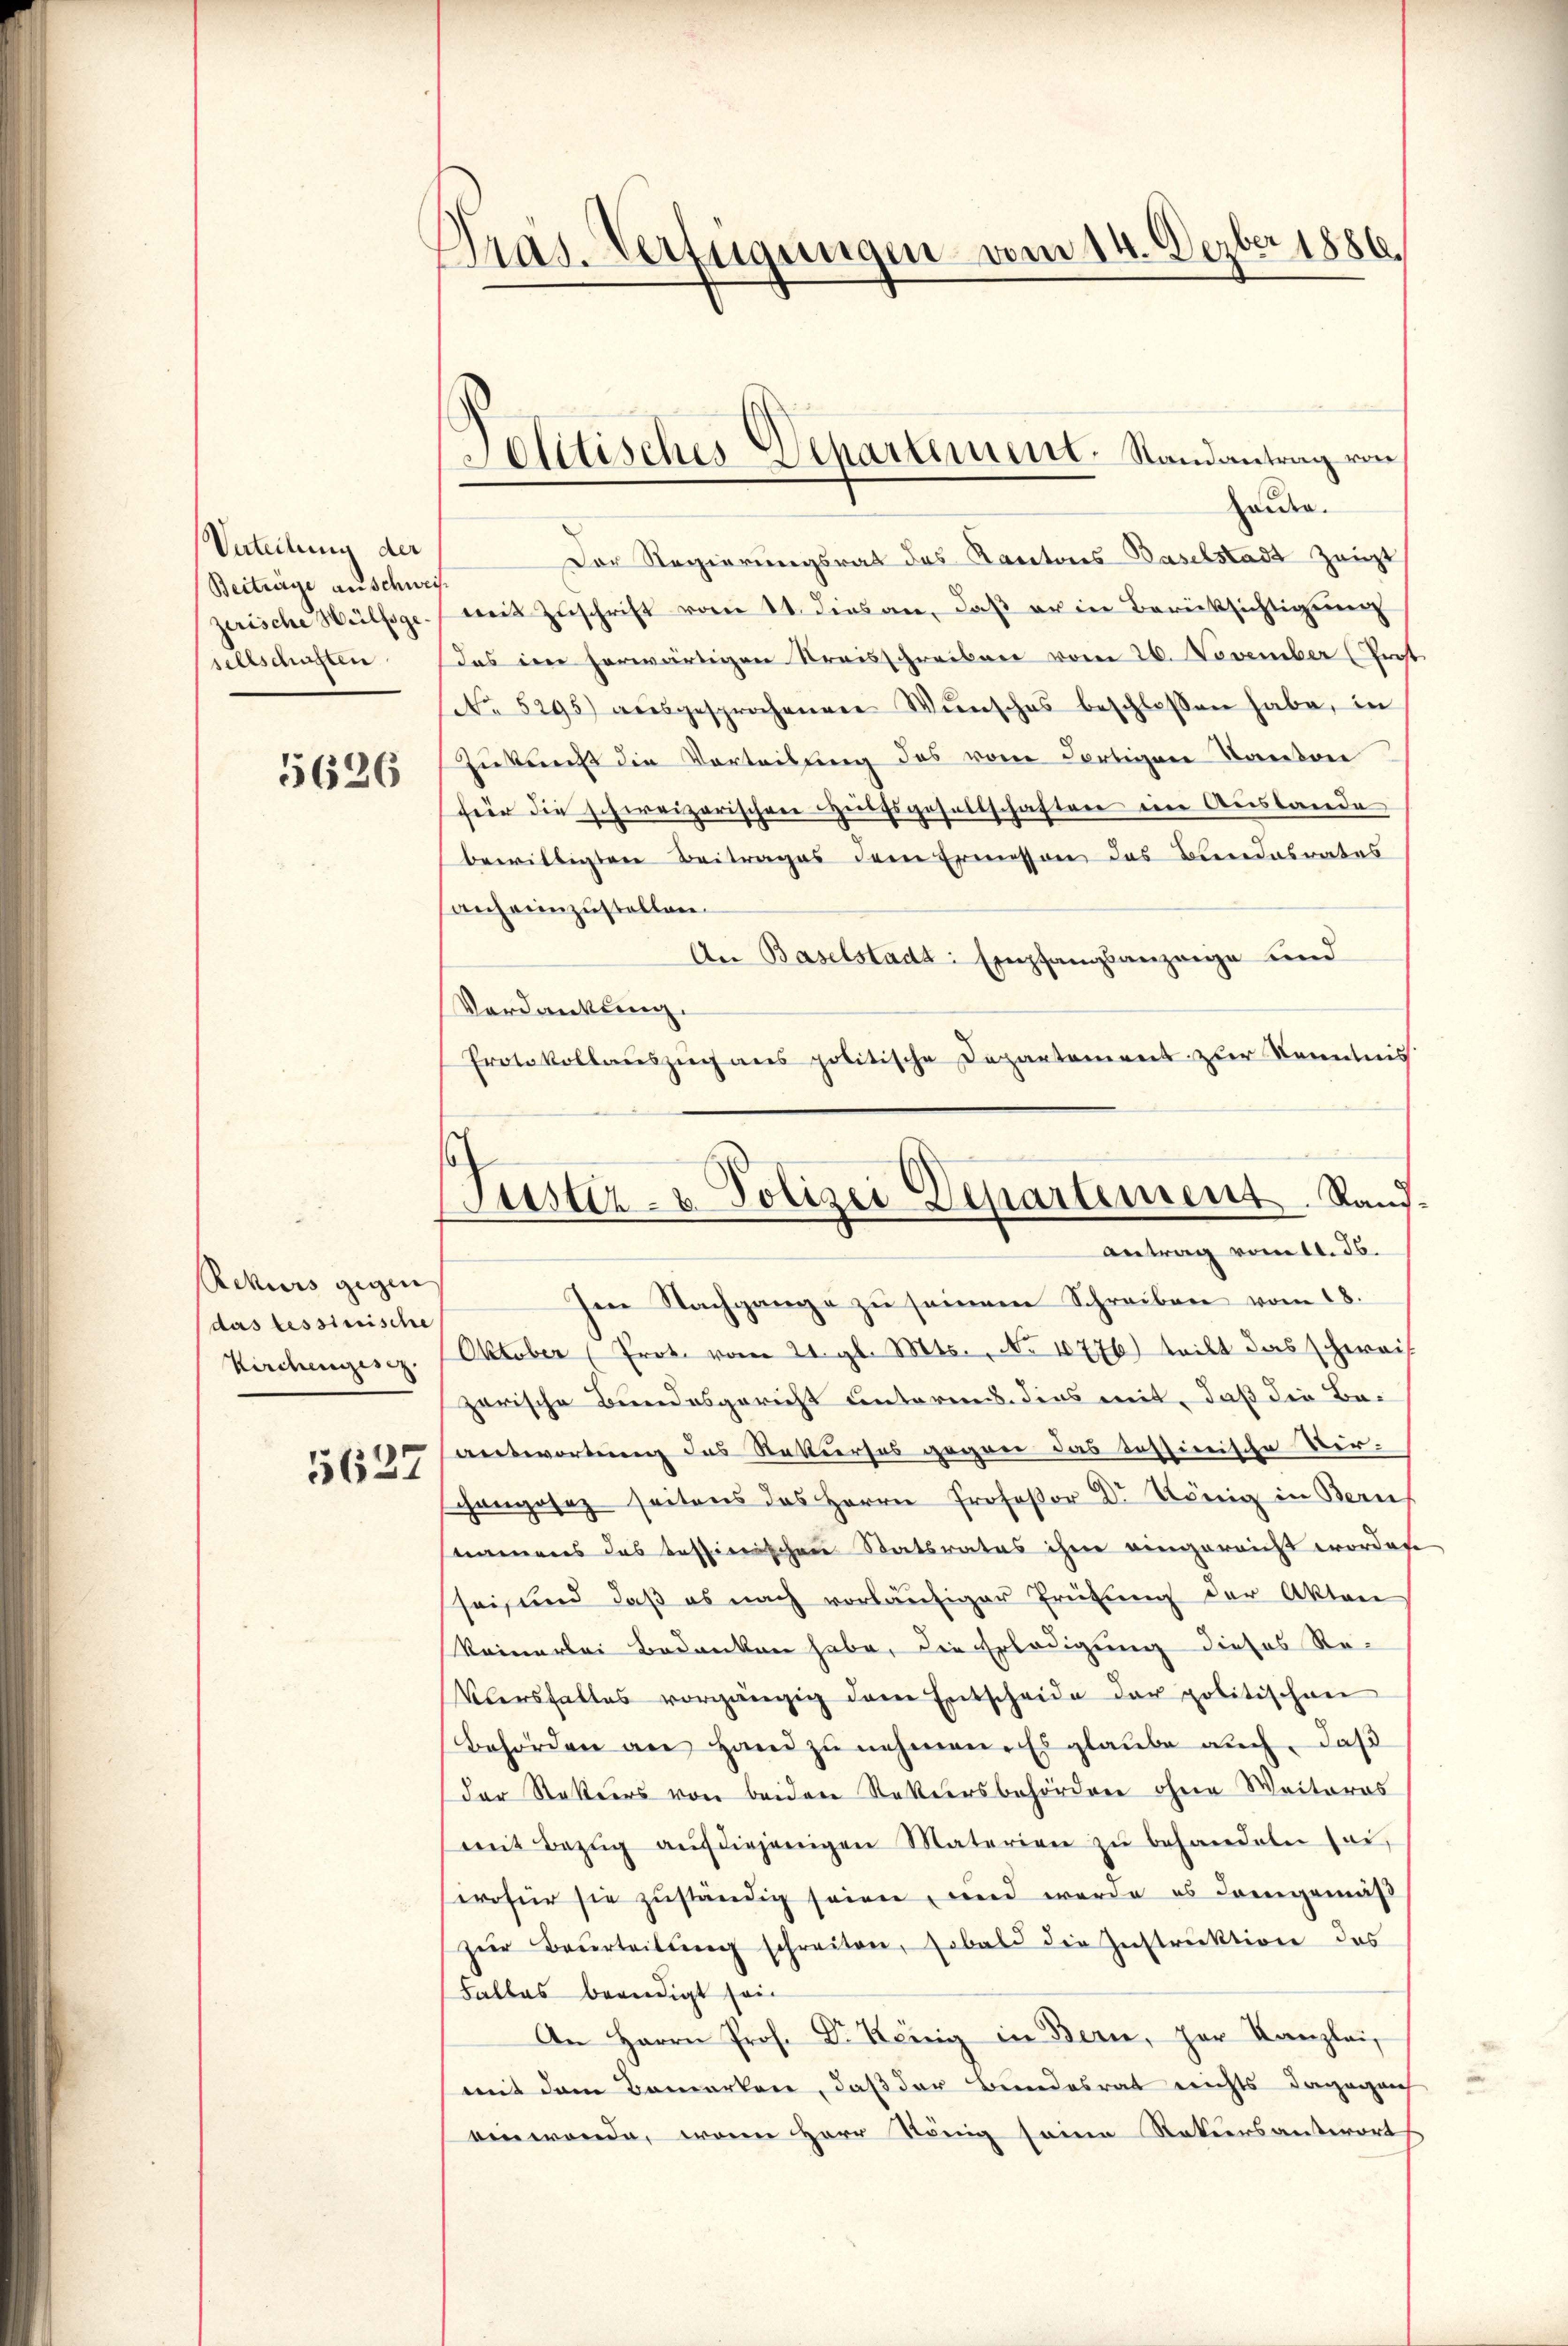
Verteilung der
Beiträge an schweiszerische Hülfsgesellschaften
5626

Rekurs gegen
das tessinische
Kirchengesez

5627

Pras. Verfügungen vom 14. Dezbr 1886.

Solitisches Departement-Randantrag von

Handen.
Der Regierungsrat des Kantons Baselstadt Zeugt
mit Zŭschrift vom 11. dies an, daβ er in Berücksichtigung
Das im herwärtigen Kreisschreiben vom 26. November (Prost.
No 5295) aŭsgesprochenen Wünsches beschloßen habe, in
Zukunft die Vortribung des vom dortigen Kanton
für die schweizerischen Hilfsgesellschaften im Auslande
bewilligten Beitrages dem Ermessen das Bundesrates
sanzenzustellen.
An Baselstadt: Empfangsanzeige und
Verdankung.
Protokollaŭszŭch ans politische Departement zur Kenntnis
Oktober (Prot. vom 21. gl. Mts., No 10776) teilt das schweis
zerische Bundesgericht unterend dies mit, daß die Beanswortung des Rekurses gegen das Tessinische Verangosez seitens des Herrn Profeßor Dr. König in Bern
tamens das tessierischen Statsrates ihm eingereicht worden
sei, und daß es nach vorläufiger Prüfung der Akten
Reinerlei Bedanken habe, die Erledigung dieses Re¬
Vlersfalles vorgängig dem Entscheide der politischen
Behörden an Hand zŭ nehmen. Es glaube auch, daß
der Statiers von beiden Statuersbehördere ohne Weiteres
mit Bezŭg aŭf diejenigen Materien zŭ behandeln sei,
wofür sie zuständig seinen, und werde es demgemäß
zŭr Beurteilŭng schreiten, sobald die Instruktion das
Falles beriedigt sein
An Herrn Prof. Dr. König in Bern, zur Kanzlei
mit dem Bemerken, daß der Bundesrat nichts dagegen
ein werde, worin Herr König seine Rekursantwort

Justiz- u. Polizei Departement. Kaŭf-
antrag vom 11. Js.
Im Nachgange zu seinem Schreiben vom 18.